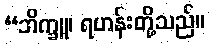
“ဘိက္ခူ၊ ရဟန်းတို့သည်။